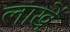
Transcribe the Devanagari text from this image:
लाखें